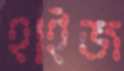
হাইজ